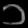
Digit: ၁